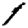
Digit: 1